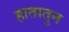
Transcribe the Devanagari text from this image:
हातातुन